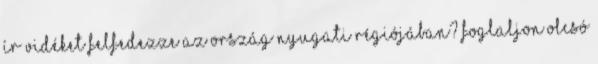
ír vidéket felfedezze az ország nyugati régiójában? Foglaljon olcsó